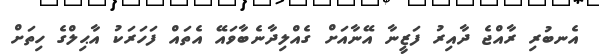
އެނބުރި ރާއްޖެ ދާއިރު ފަޒީނާ އޭނާއަށް ގެއްލިދާނެބާވައޭ އެތައް ފަހަރަކު އާޙިލްގެ ހިތަށް